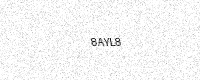
Text: 8AYL8